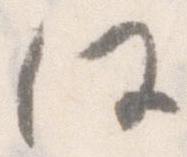
任